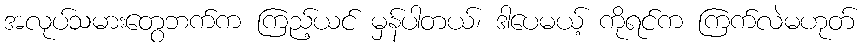
အလုပ်သမားတွေဘက်က ကြည့်ယင် မှန်ပါတယ်၊ ဒါပေမယ့် ကိုရင်က ကြက်လဲမဟုတ်